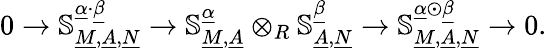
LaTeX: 0\to\mathbb{S}_{\underline{{M}},\underline{{A}},\underline{{N}}}^{\underline{{\alpha}}\cdot\underline{{\beta}}}\to\mathbb{S}_{\underline{{M}},\underline{{A}}}^{\underline{{\alpha}}}\otimes_{R}\mathbb{S}_{\underline{{A}},\underline{{N}}}^{\underline{{\beta}}}\to\mathbb{S}_{\underline{{M}},\underline{{A}},\underline{{N}}}^{\underline{{\alpha}}\odot\underline{{\beta}}}\to 0.